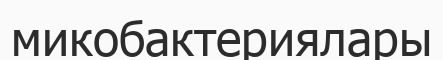
микобактериялары